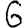
Digit: 6